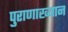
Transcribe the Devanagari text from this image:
पुराणाख्यान